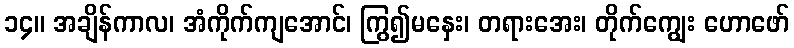
၁၄။ အချိန်ကာလ၊ အံကိုက်ကျအောင်၊ ကြွ၍မနှေး၊ တရားအေး၊ တိုက်ကျွေး ဟောဖော်